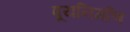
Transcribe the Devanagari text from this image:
पूयनिर्माण